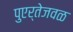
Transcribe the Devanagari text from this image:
पुएर्तेजवळ